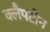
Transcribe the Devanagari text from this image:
क्लैपटोन